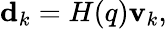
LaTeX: \begin{array}{r}{\mathbf{d}_{k}=H(q)\mathbf{v}_{k},}\end{array}